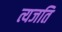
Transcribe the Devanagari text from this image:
त्यजति